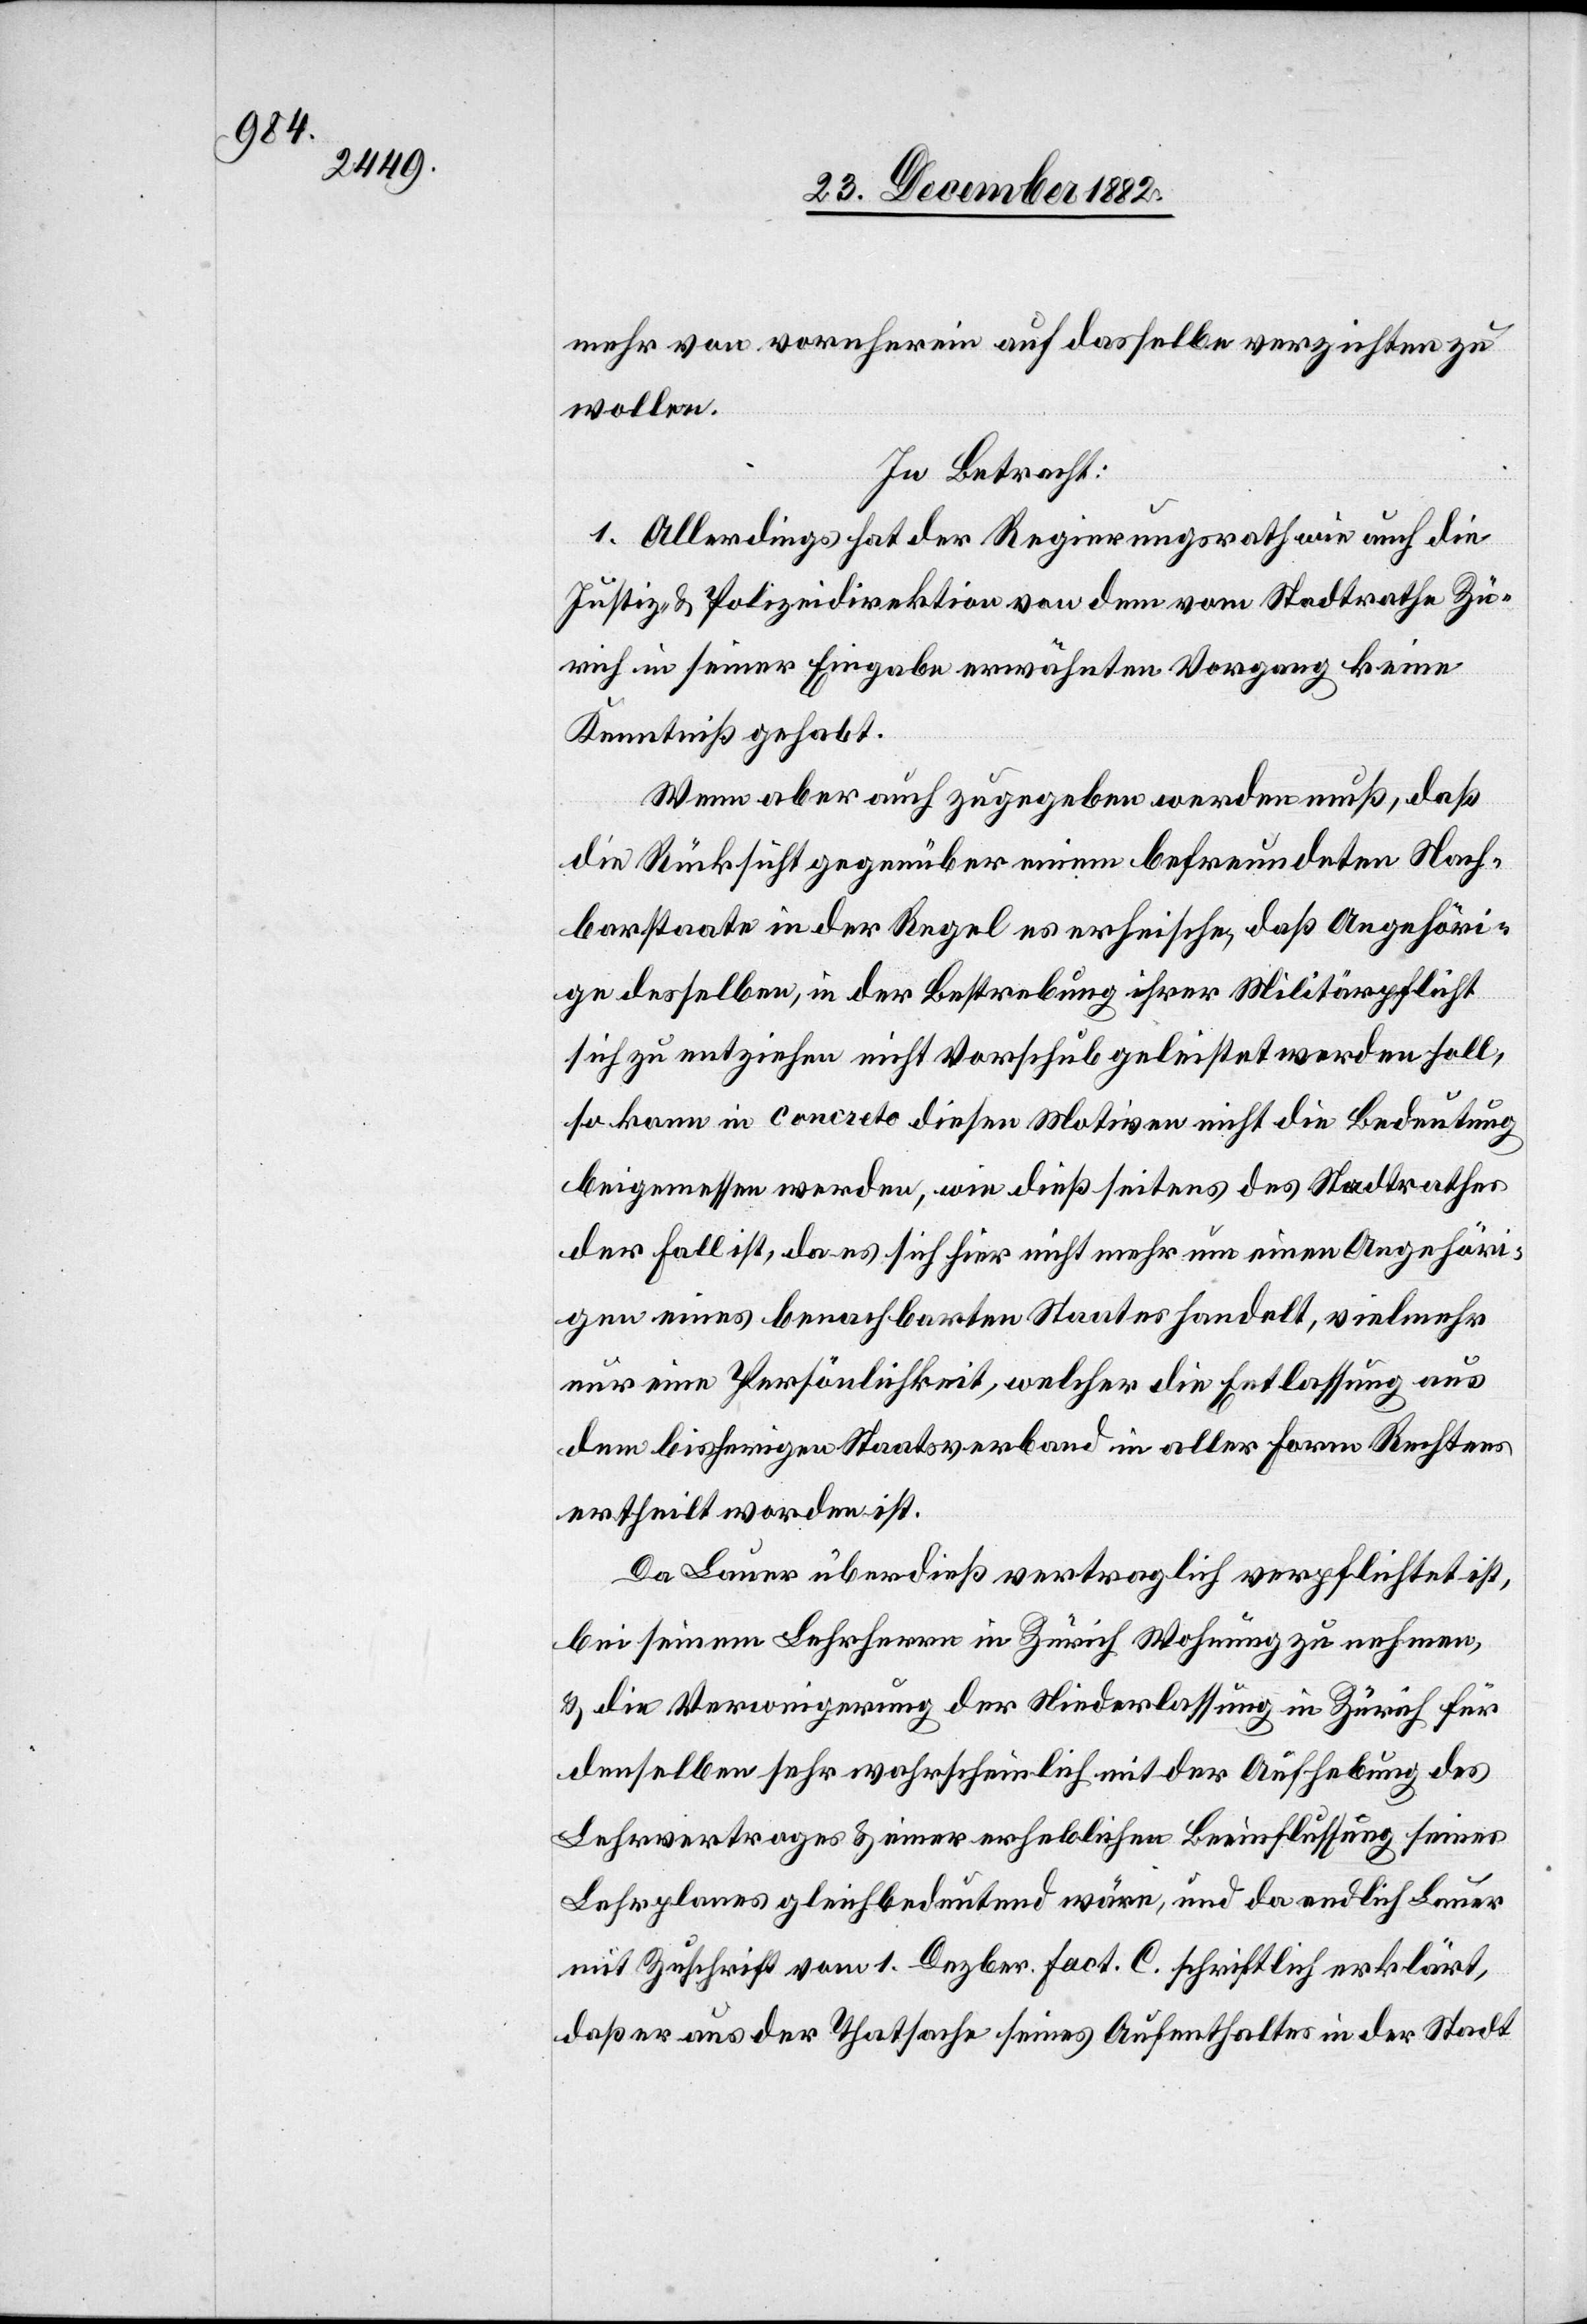
mehr von vornherein auf dasselbe verzichten zu
wollen.
In Betracht:
1. Allerdings hat der Regierungsrath wie auch die
Justiz- & Polizeidirektion von dem vom Stadtrathe Zü¬
rich in seiner Eingabe erwähnten Vorgang keine
Kenntniß gehabt.
Wenn aber auch zugegeben werden muß, daß
die Rücksicht gegenüber einem befreundeten Nach¬
barstaate in der Regel es erheische, daß Angehöri¬
ge desselben, in der Bestrebung ihrer Militärpflicht
sich zu entziehen nicht Vorschub geleistet werden soll,
so kann in concreto diesen Motiven nicht die Bedeutung
beigemessen werden, wie dieß seitens des Stadtrathes
der Fall ist, da es sich hier nicht mehr um einen Angehöri¬
gen eines benachbarten Staates handelt, vielmehr
nur eine Persönlichkeit, welcher die Entlassung aus
dem bisherigen Staatsverband in aller Form Rechtens
ertheilt worden ist.
Da Lauer überdieß vertraglich verpflichtet ist,
bei seinem Lehrherrn in Zürich Wohnung zu nehmen,
& die Verweigerung der Niederlassung in Zürich für
denselben sehr wahrscheinlich mit der Aufhebung des
Lehrertrages & einer erheblichen Beeinflussung seines
Lehrplanes gleichbedeutend wäre, und da endlich Lauer
mit Zuschrift vom 1. Dezbr. fact. C. schriftlich erklärt,
daß er aus der Thatsache seines Aufenthaltes in der Stadt